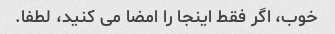
خوب، اگر فقط اینجا را امضا می کنید، لطفا.